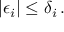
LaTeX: | \epsilon _ { i } | \le \delta _ { i } \, .